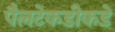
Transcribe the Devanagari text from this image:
पैलटेकडीकडे